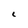
Character: I